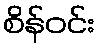
စိန်ဝင်း